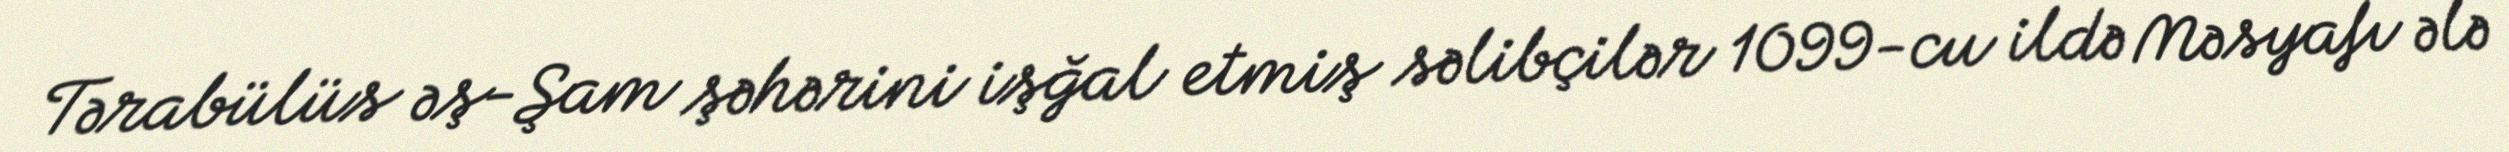
Tərabülüs əş-Şam şəhərini işğal etmiş səlibçilər 1099-cu ildə Məsyafı ələ